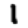
Digit: 1